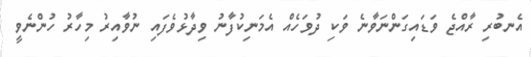
އެނބުރި ރާއްޖެ ވަޑައިގަންނަވާނެ ވަކި ދުވަހެއް އެމަނިކުފާނު ވިދާޅުވެފައި ނުވާއިރު މިހާރު ހުންނެވީ